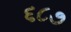
૬૮૭